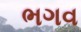
ભગવ